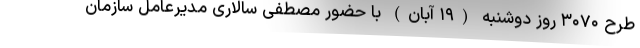
طرح ۳۰۷۰ روز دوشنبه (۱۹ آبان) با حضور مصطفی سالاری مدیرعامل سازمان